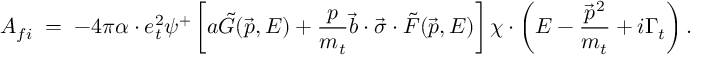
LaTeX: A _ { f i } \; = \; - 4 \pi \alpha \cdot e _ { t } ^ { 2 } \psi ^ { + } \left[ a \tilde { G } ( \vec { p } , E ) + \frac { p } { m _ { t } } \vec { b } \cdot \vec { \sigma } \cdot \tilde { F } ( \vec { p } , E ) \right] \chi \cdot \left( E - \frac { \vec { p } ^ { 2 } } { m _ { t } } + i \Gamma _ { t } \right) .